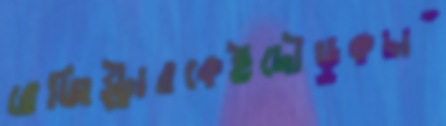
রেজিস্ট্রারকেইদৌড়ুকচাঁ